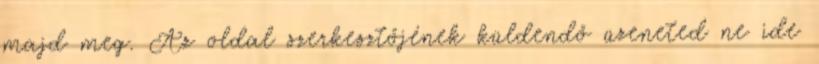
majd meg. Az oldal szerkesztőjének küldendő üzeneted ne ide